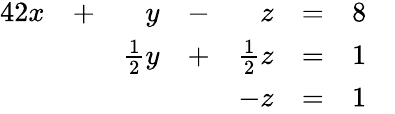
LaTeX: {\begin{array}{rlrlrlrl}{{4}2x}&{+}&{y}&{-}&{z}&{=}&{8}&{}\\ &{}&{{\frac{1}{2}}y}&{+}&{{\frac{1}{2}}z}&{=}&{1}&{}\\ &{}&&{}&{-z}&{=}&{1}&{}\end{array}}